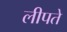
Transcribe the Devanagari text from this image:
लीपते